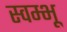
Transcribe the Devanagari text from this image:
स्वम्भू